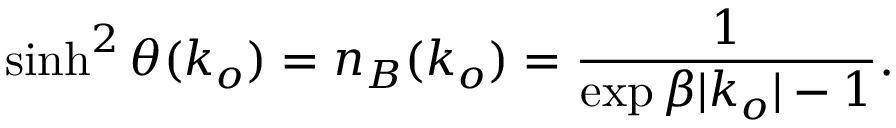
\sinh ^ { 2 } \theta ( k _ { o } ) = n _ { B } ( k _ { o } ) = { \frac { 1 } { \exp \beta | k _ { o } | - 1 } } .